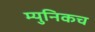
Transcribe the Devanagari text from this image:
म्युनिकच